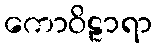
ကောဝိဠာရာ